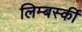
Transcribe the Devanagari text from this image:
लिम्बर्स्की